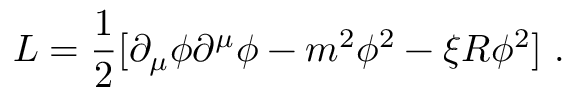
{ \cal L } = { \frac { 1 } { 2 } } [ \partial _ { \mu } \phi \partial ^ { \mu } \phi - m ^ { 2 } \phi ^ { 2 } - \xi { \cal R } \phi ^ { 2 } ] ~ .